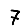
Digit: 7